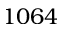
1 0 6 4